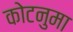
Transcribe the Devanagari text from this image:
कोटनुमा